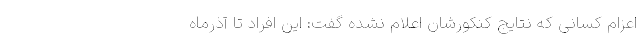
اعزام کسانی که نتایج کنکورشان اعلام نشده گفت: این افراد تا آذرماه